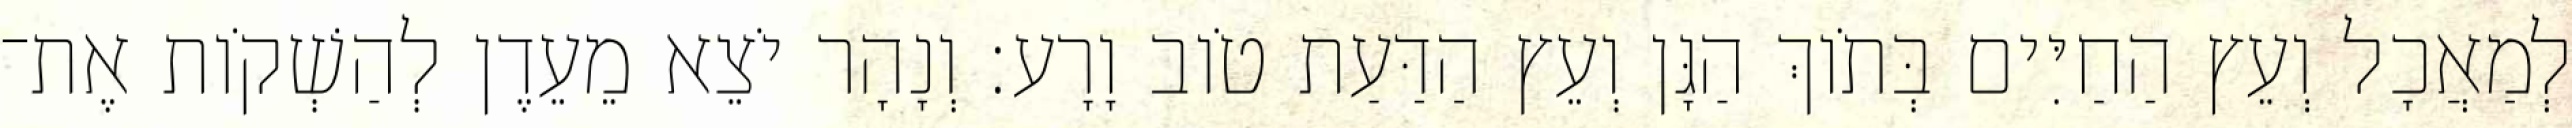
לְמַאֲכָל וְעֵץ הַחַיִּים בְּתֹוךְ הַגָּן וְעֵץ הַדַּעַת טֹוב וָרָע׃ וְנָהָר יֹצֵא מֵעֵדֶן לְהַשְׁקֹות אֶת־